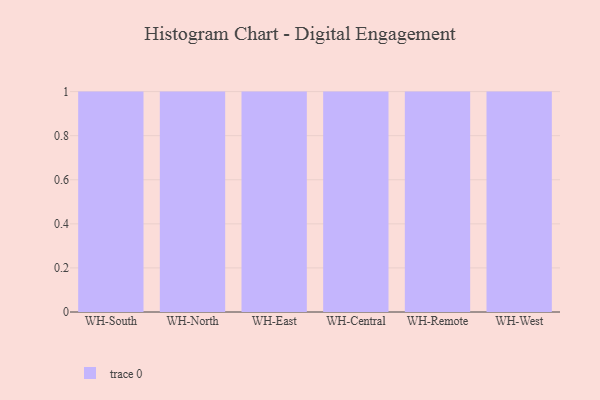
{"axis": {"x": "Warehouse", "y": "Energy Usage (MWh)"}, "legend": [""], "data": [{"x": "WH-South", "y": 98, "type": ""}, {"x": "WH-North", "y": 5, "type": ""}, {"x": "WH-East", "y": 81, "type": ""}, {"x": "WH-Central", "y": 23, "type": ""}, {"x": "WH-Remote", "y": 41, "type": ""}, {"x": "WH-West", "y": 12, "type": ""}]}